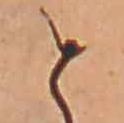
と